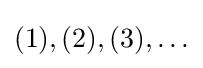
(1),(2),(3),\ldots